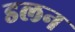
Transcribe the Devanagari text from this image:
डलन